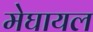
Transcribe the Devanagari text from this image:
मेघायल